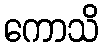
ကောသိ